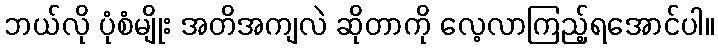
ဘယ်လို ပုံစံမျိုး အတိအကျလဲ ဆိုတာကို လေ့လာကြည့်ရအောင်ပါ။